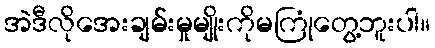
အဲဒီလိုအေးချမ်းမှုမျိုးကိုမကြုံတွေ့ဘူးပါ။